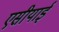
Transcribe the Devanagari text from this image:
एसीयाई